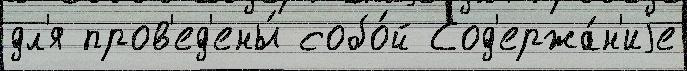
дл'я пров'ед'ены́ собо́й Сод'ержа́н'иjе